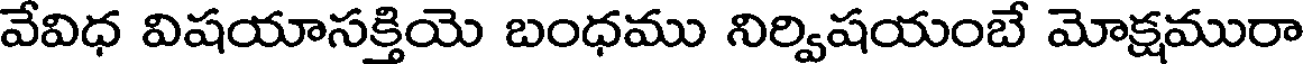
వేవిధ విషయాసక్తియె బంధము నిర్విషయంబే మోక్షమురా